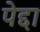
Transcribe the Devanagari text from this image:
पेद्दा